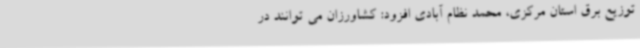
توزیع برق استان مرکزی، محمد نظام آبادی افزود: کشاورزان می توانند در